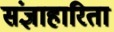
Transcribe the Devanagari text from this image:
संज्ञाहारिता